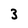
Character: 3